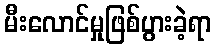
မီးလောင်မှုဖြစ်ပွားခဲ့ရာ